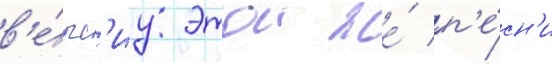
в'е́рс'иу этои же́ п'е́сн'и